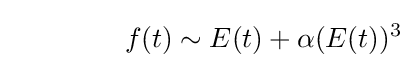
\qquad \qquad f(t)\sim E(t)+\alpha (E(t))^{3}